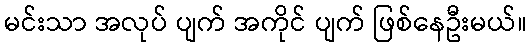
မင်းသာ အလုပ် ပျက် အကိုင် ပျက် ဖြစ်နေဦးမယ်။